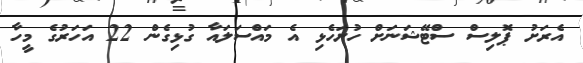
އެރަށު ޕޮލިސް ސްޓޭޝަނަށް ހުށަހެޅި އެ މައްސަލައާ ގުޅިގެން 22 އަހަރުގެ މީހާ